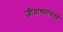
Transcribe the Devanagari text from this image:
जीवाश्मांमध्ये